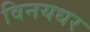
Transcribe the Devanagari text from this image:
विनयधर